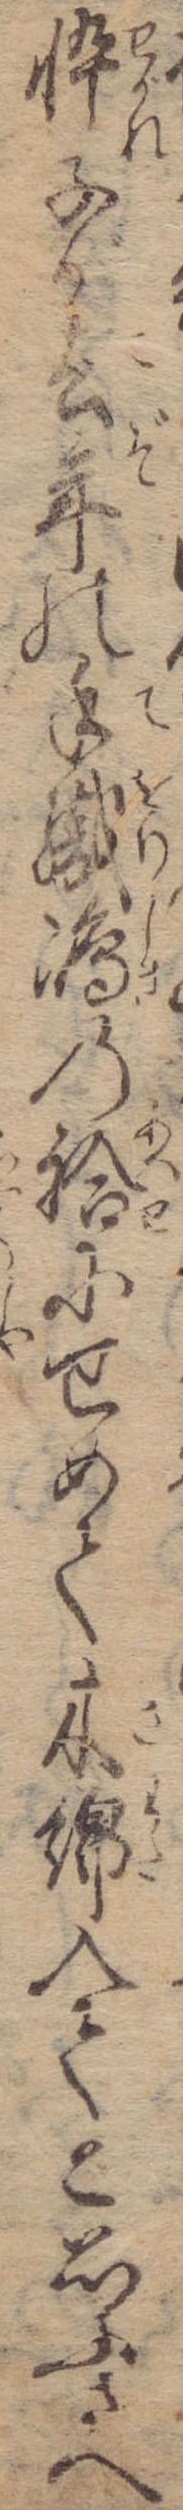
忰子が去年の手織島の袷にせめて木綿入てと思ふさへ